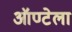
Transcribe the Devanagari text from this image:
ऑण्टेला